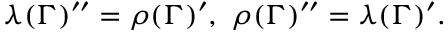
\lambda ( \Gamma ) ^ { \prime \prime } = \rho ( \Gamma ) ^ { \prime } , \, \, \rho ( \Gamma ) ^ { \prime \prime } = \lambda ( \Gamma ) ^ { \prime } .